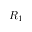
R _ { 1 }